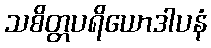
သစိတ္တပရိယောဒါပနံ